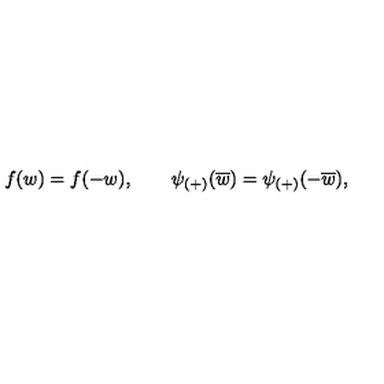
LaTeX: f ( w ) = f ( - w ) , \qquad \psi _ { ( + ) } ( \overline { { w } } ) = \psi _ { ( + ) } ( - \overline { { w } } ) ,